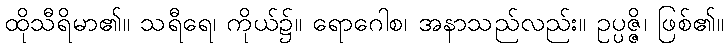
ထိုသီရိမာ၏။ သရီရေ၊ ကိုယ်၌။ ရောဂေါစ၊ အနာသည်လည်း။ ဥပ္ပဇ္ဇိ၊ ဖြစ်၏။